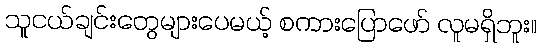
သူငယ်ချင်းတွေများပေမယ့် စကားပြောဖော် လူမရှိဘူး။